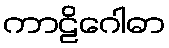
ကာဠိဂေါဓာ